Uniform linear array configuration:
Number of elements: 48
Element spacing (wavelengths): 0.25
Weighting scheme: uniform
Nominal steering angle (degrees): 0
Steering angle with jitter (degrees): -0.4948
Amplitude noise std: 0.05
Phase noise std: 0.05

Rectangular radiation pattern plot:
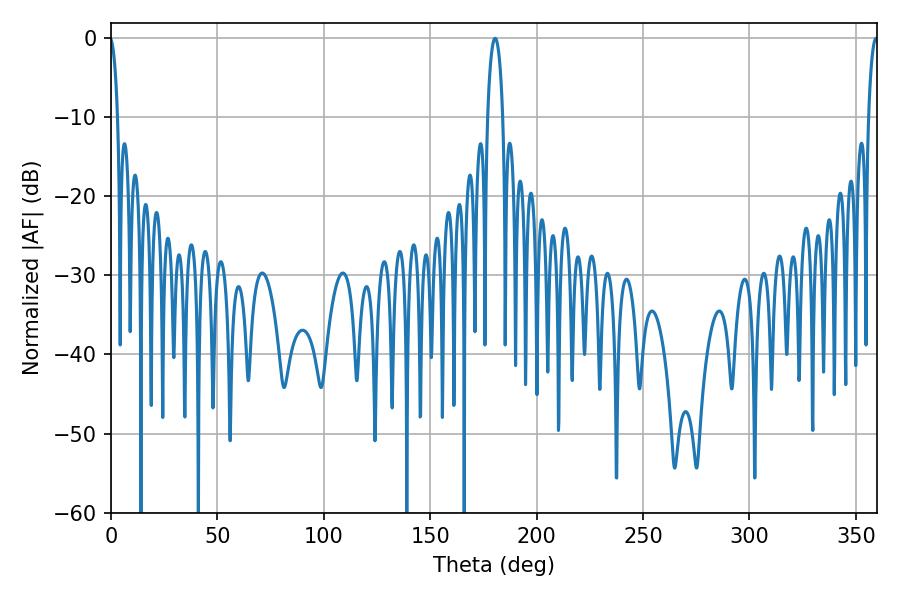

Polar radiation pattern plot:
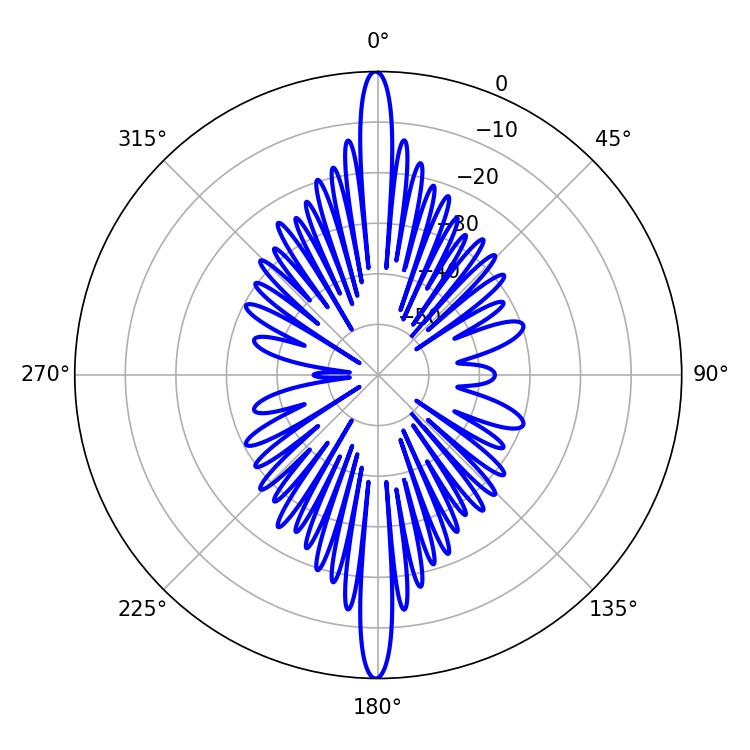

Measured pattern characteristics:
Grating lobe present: FALSE
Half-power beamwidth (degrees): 3.96
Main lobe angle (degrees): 180.54